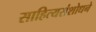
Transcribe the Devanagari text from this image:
साहित्यसंशोधने